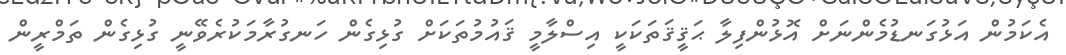
އެކަމުން އަޅުގަނޑުމެންނަށް އޮޅުންފިލާ ޙަޤީޤަތަކަކީ އިސްލާމީ ޤައުމުތަކަށް ގުޅިގެން ހަނގުރާމަކުރެވޭނީ ގުޅިގެން ތަމްރީން